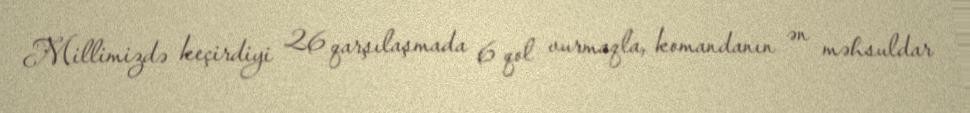
Millimizdə keçirdiyi 26 qarşılaşmada 6 qol vurmaqla, komandanın ən məhsuldar